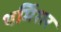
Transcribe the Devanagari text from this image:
थर्मिशर